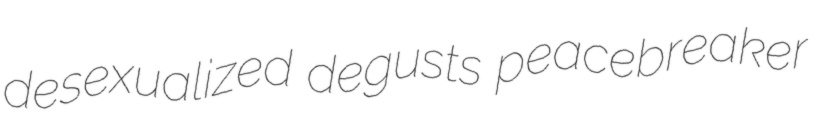
desexualized degusts peacebreaker